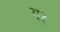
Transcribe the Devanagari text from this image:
ग१